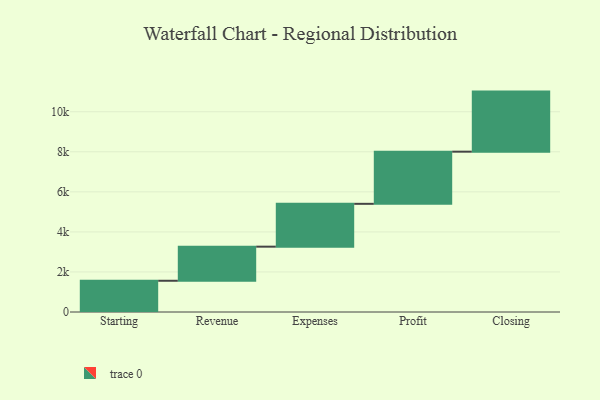
{"axis": {"x": "Step", "y": "Value"}, "legend": [""], "data": [{"x": "Starting", "y": 1560.0, "type": ""}, {"x": "Revenue", "y": 1703.0, "type": ""}, {"x": "Expenses", "y": 2139.0, "type": ""}, {"x": "Profit", "y": 2605.0, "type": ""}, {"x": "Closing", "y": 3000, "type": ""}]}